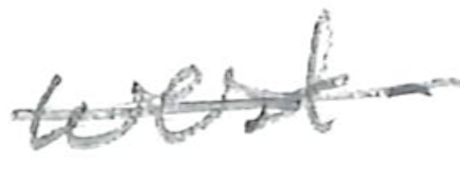
Text: west-
Cross-out: single-line
Writing tool: pencil